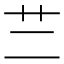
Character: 𦫽